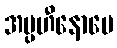
အပ္ပဟီနောပေ